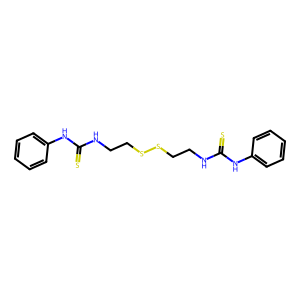
SMILES: S=C(NCCSSCCNC(=S)Nc1ccccc1)Nc1ccccc1
Inhibits HIV replication: No